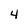
Character: 4